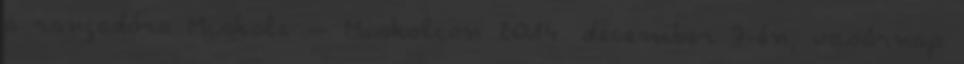
a rangadóra Miskolc – Miskolcon 2014. december 7-én, vasárnap